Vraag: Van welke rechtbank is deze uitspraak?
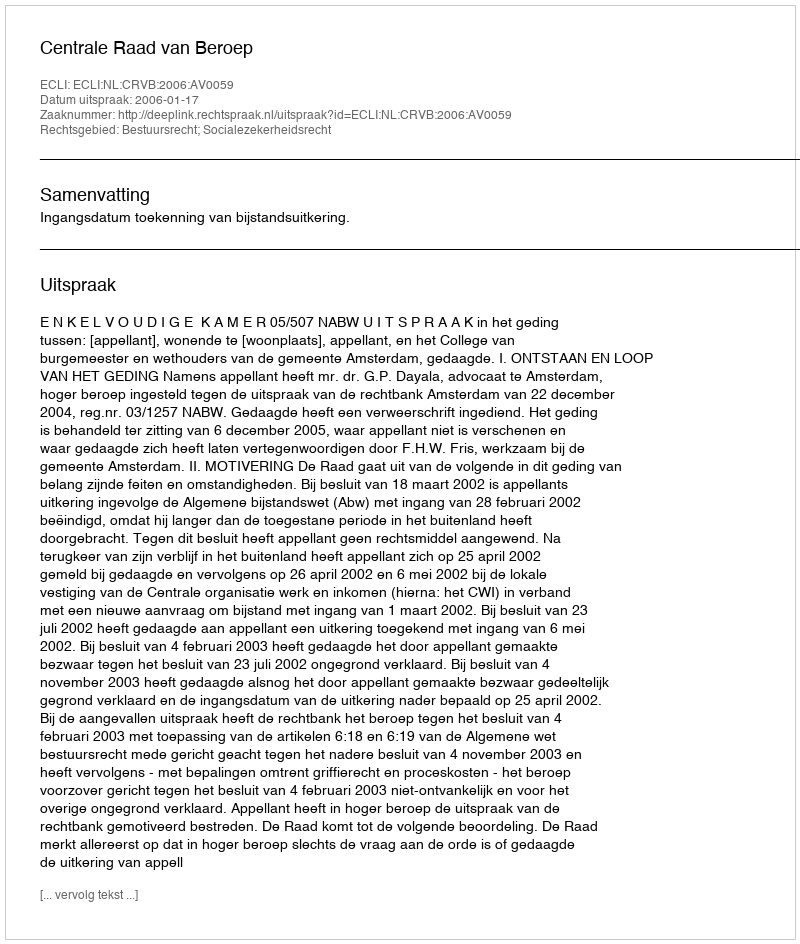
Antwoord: Centrale Raad van Beroep